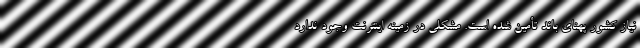
نیاز کشور پهنای باند تأمین شده است. مشکلی در زمینه اینترنت وجود ندارد